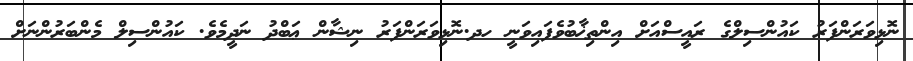
ނޮޅިވަރަންފަރު ކައުންސިލްގެ ރައީސްއަށް އިންތިޚާބުވެފައިވަނީ ހދ.ނޮޅިވަރަންފަރު ނިޝާން ޢަބްދު ނަދީމެވެ. ކައުންސިލް މެންބަރުންނަށް